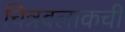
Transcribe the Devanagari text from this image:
चित्रबलाकची